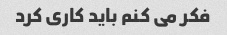
فکر می کنم باید کاری کرد